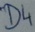
Text: D4